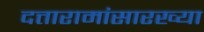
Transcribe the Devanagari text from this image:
दत्तारामांसारख्या